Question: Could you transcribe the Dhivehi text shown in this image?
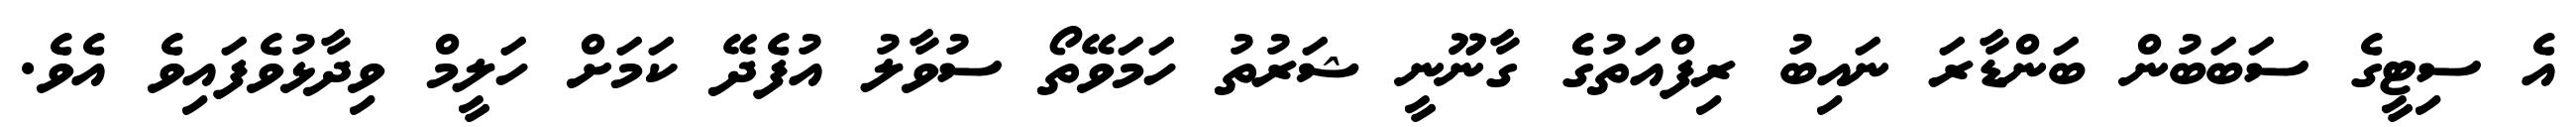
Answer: އެ ސިޓީގެ ސަބަބުން ބަންޑާރަ ނައިބު ރިފްއަތުގެ ގާނޫނީ ޝަރުތު ހަމަވޭތޯ ސުވާލު އުފެދޭ ކަމަށް ހަލީމް ވިދާޅުވެފައިވެ އެވެ.